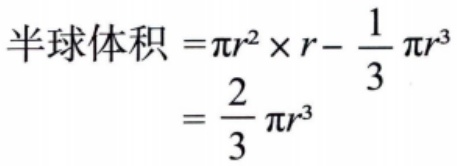
半球体积 \(=\pi r^{2} \times r - \frac{1}{3}\pi r^{3}\)
\(=\frac{2}{3}\pi r^{3}\)